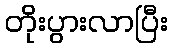
တိုးပွားလာပြီး